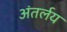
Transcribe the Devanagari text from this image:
अंतर्लय